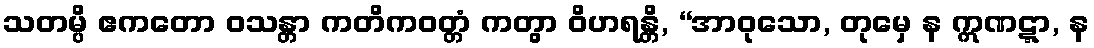
သတမ္ပိ ဧကတော ဝသန္တာ ကတိကဝတ္တံ ကတွာ ဝိဟရန္တိ, “အာဝုသော, တုမှေ န ဣဏဋ္ဋာ, န